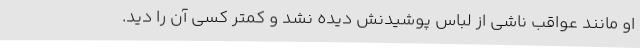
او مانند عواقب ناشی از لباس پوشیدنش دیده نشد و کمتر کسی آن را دید.